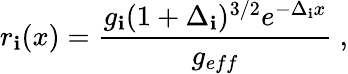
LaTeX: r_{\mathbf{i}}(x)=\frac{{g_{\mathbf{i}}(1+\Delta_{\mathbf{i}})^{3/2}e^{-\Delta_{\mathbf{i}}x}}}{{g_{eff}}}~,